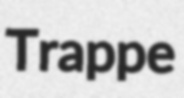
Trappe